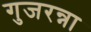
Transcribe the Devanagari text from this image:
गुजरन्ना